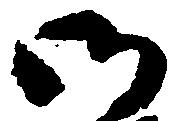
御